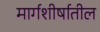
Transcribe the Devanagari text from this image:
मार्गशीर्षातील